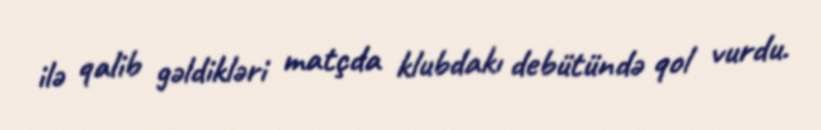
ilə qalib gəldikləri matçda klubdakı debütündə qol vurdu.